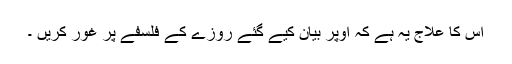
اس کا علاج یہ ہے کہ اوپر بیان کیے گئے روزے کے فلسفے پر غور کریں ۔